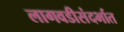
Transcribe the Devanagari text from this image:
लागवडीसंदर्भात